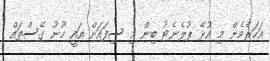
އަހަރެމެން މި އުޅޭ ޕުލެނެޓު ބިން މި ސިފައަށް އައީ ހޫނު ގޭސްތައް